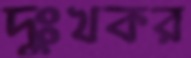
দুঃখকর